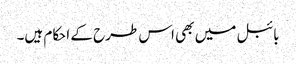
بائبل میں بھی اس طرح کے احکام ہیں۔